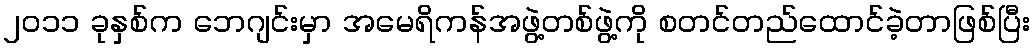
၂၀၁၁ ခုနှစ်က ဘေဂျင်းမှာ အမေရိကန်အဖွဲ့တစ်ဖွဲ့ကို စတင်တည်ထောင်ခဲ့တာဖြစ်ပြီး